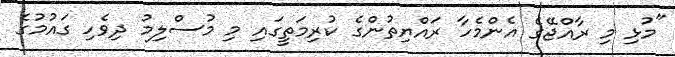
"މުޅި މި ރާއްޖޭގެ އެންމެހާ ރައްޔިތުންގެ ކުރިމަތީގައި މި މުސްލިމު ދިވެހި ގައުމުގެ